Leaving Certificate, 1937
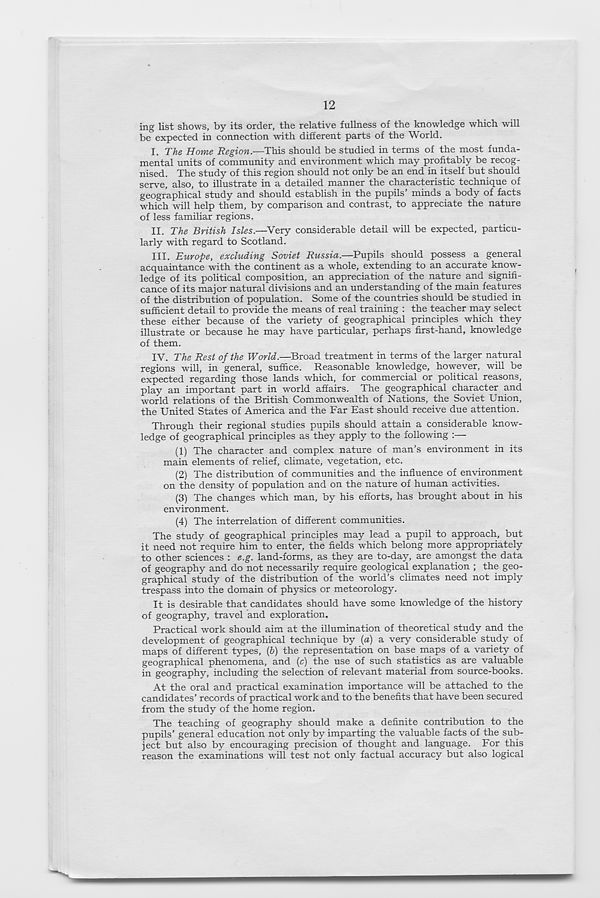
12
ing list shows, by its order, the relative fullness of the knowledge which will
be expected in connection with different parts of the World.
I. The Home Region.—This should be studied in terms of the most funda-
mental units of community and environment which may profitably be recog-
nised. The study of this region should not only be an end in itself but should
serve, also, to illustrate in a detailed manner the characteristic technique of
geographical study and should establish in the pupils minds a body of facts
which will help them, by comparison and contrast, to appreciate the nature
of less familiar regions.
II. The British Isles.—Very considerable detail will be expected, particu-
larly with regard to Scotland.
III. Europe, excluding Soviet Russia.—Pupils should possess a general
acquaintance with the continent as a whole, extending to an accurate know-
ledge of its political composition, an appreciation of the nature and signifi-
cance of its major natural divisions and an understanding of the main features
of the distribution of population. Some of the countries should be studied in
sufficient detail to provide the means of real training : the teacher may select
these either because of the variety of geographical principles which they
illustrate or because he may have particular, perhaps first-hand, knowledge
of them.
IV. The Rest of the World.—Broad treatment in terms of the larger natural
regions will, in general, suffice. Reasonable knowledge, however, will be
expected regarding those lands which, for commercial or political reasons,
play an important part in world affairs. The geographical character and
world relations of the British Commonwealth of Nations, the Soviet Union,
the United States of America and the Far East should receive due attention.
Through their regional studies pupils should attain a considerable know-
ledge of geographical principles as they apply to the following :—
(1) The character and complex nature of man’s environment in its
main elements of relief, climate, vegetation, etc.
(2) The distribution of communities and the influence of environment
on the density of population and on the nature of human activities.
(3) The changes which man, by his efforts, has brought about in his
environment.
(4) The interrelation of different communities.
The study of geographical principles may lead a pupil to approach, but
it need not require him to enter, the fields which belong more appropriately
to other sciences : e.g. land-forms, as they are to-day, are amongst the data
of geography and do not necessarily require geological explanation ; the geo-
graphical study of the distribution of the world’s climates need not imply
trespass into the domain of physics or meteorology.
It is desirable that candidates should have some knowledge of the history
of geography, travel and exploration.
Practical work should aim at the illumination of theoretical study and the
development of geographical technique by (a) a very considerable study of
maps of different types, (b) the representation on base maps of a variety of
geographical phenomena, and (c) the use of such statistics as are valuable
in geography, including the selection of relevant material from source-books.
At the oral and practical examination importance will be attached to the
candidates’ records of practical work and to the benefits that have been secured
from the study of the home region.
The teaching of geography should make a definite contribution to the
pupils’ general education not only by imparting the valuable facts of the sub-
ject but also by encouraging precision of thought and language. For this
reason the examinations will test not only factual accuracy but also logical